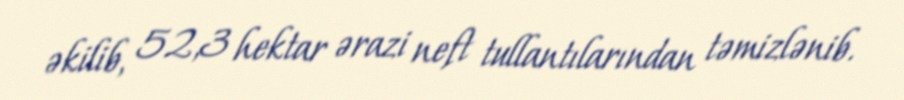
əkilib, 52,3 hektar ərazi neft tullantılarından təmizlənib.